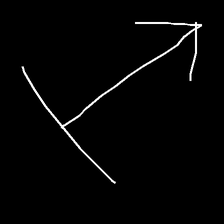
Glyph: levitation